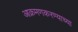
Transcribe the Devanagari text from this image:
आक्रमणकरण्याच्या